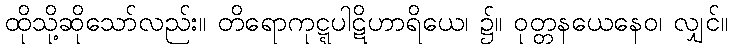
ထိုသို့ဆိုသော်လည်း။ တိရောကုဋ္ဋပါဋိဟာရိယေ၊ ၌။ ဝုတ္တနယေနေဝ၊ လျှင်။